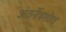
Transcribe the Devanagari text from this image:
अंतर्नेत्रशोथ